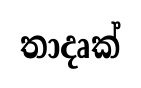
තාදෘක්